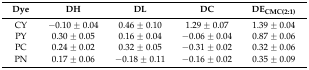
<table><thead><tr><td><b>Dye</b></td><td><b>DH</b></td><td><b>DL</b></td><td><b>DC</b></td><td><b>DE<sub>CMC(2:1)</sub></b></td></tr></thead><tbody><tr><td>CY</td><td>−0.10 ± 0.04</td><td>0.46 ± 0.10</td><td>1.29 ± 0.07</td><td>1.39 ± 0.04</td></tr><tr><td>PY</td><td>0.30 ± 0.05</td><td>0.16 ± 0.04</td><td>−0.06 ± 0.04</td><td>0.87 ± 0.06</td></tr><tr><td>PC</td><td>0.24 ± 0.02</td><td>0.32 ± 0.05</td><td>−0.31 ± 0.02</td><td>0.32 ± 0.06</td></tr><tr><td>PN</td><td>0.17 ± 0.06</td><td>−0.18 ± 0.11</td><td>−0.16 ± 0.02</td><td>0.35 ± 0.09</td></tr></tbody></table>